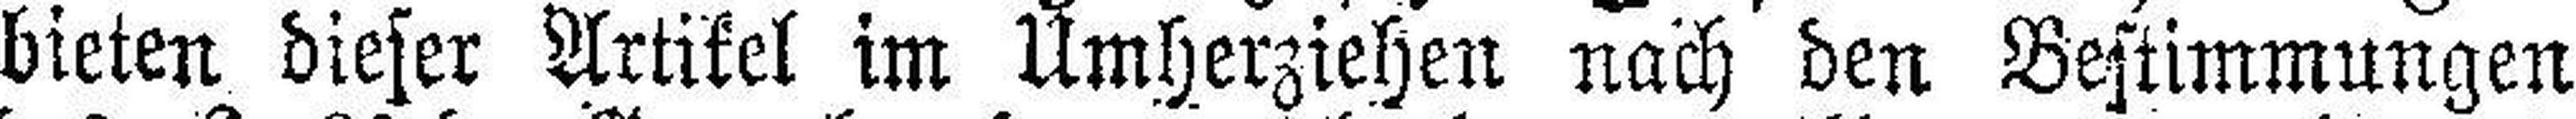
bieten dieser Artikel im Umherziehen nach den Bestimmungen